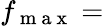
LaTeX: f_{\mathrm{~m~a~x~}}=